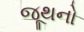
જૂથનો